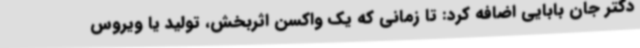
دکتر جان بابایی اضافه کرد: تا زمانی که یک واکسن اثربخش، تولید یا ویروس